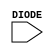
module sky130_fd_sc_hd__diode (
    DIODE
);

    // Module ports
    input DIODE;
     // No contents.
endmodule